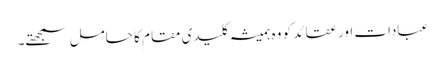
عبادات اور عقائد کو وہ ہمیشہ کلیدی مقام کا حامل سمجھتے۔